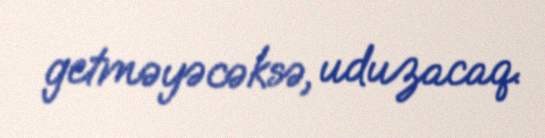
getməyəcəksə, uduzacaq.